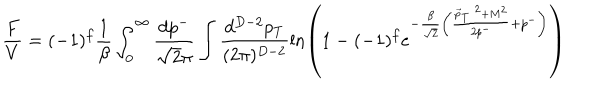
\frac { F } { V } = ( - 1 ) ^ { f } \frac { 1 } { \beta } \int _ { 0 } ^ { \infty } \frac { d p ^ { - } } { \sqrt { 2 } \pi } \int \frac { d ^ { D - 2 } p _ { T } } { ( 2 \pi ) ^ { D - 2 } } \ln \left( 1 - ( - 1 ) ^ { f } e ^ { - \frac { \beta } { \sqrt { 2 } } \left( \frac { { \vec { p } _ { T } } ^ { ~ 2 } + M ^ { 2 } } { 2 p ^ { - } } + p ^ { - } \right) } \right)